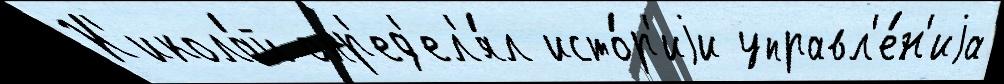
Н'икола́й опр'ед'ел'я́л исто́р'иjи управл'е́н'иjа